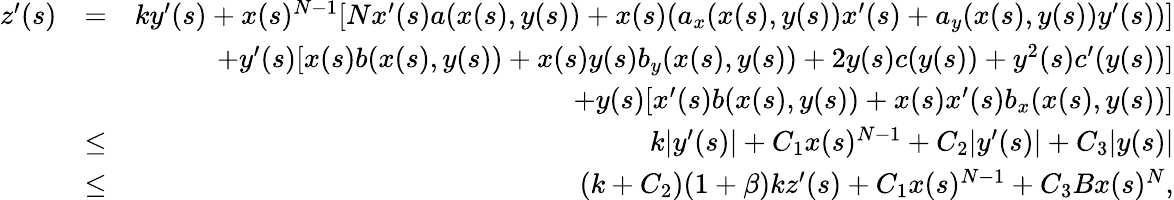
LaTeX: \begin{array}{rlr}{z^{\prime}(s)}&{=}&{ky^{\prime}(s)+x(s)^{N-1}[Nx^{\prime}(s)a(x(s),y(s))+x(s)(a_{x}(x(s),y(s))x^{\prime}(s)+a_{y}(x(s),y(s))y^{\prime}(s))]}\\ &{}&{+y^{\prime}(s)[x(s)b(x(s),y(s))+x(s)y(s)b_{y}(x(s),y(s))+2y(s)c(y(s))+y^{2}(s)c^{\prime}(y(s))]}\\ &{}&{+y(s)[x^{\prime}(s)b(x(s),y(s))+x(s)x^{\prime}(s)b_{x}(x(s),y(s))]}\\ &{\leq}&{k|y^{\prime}(s)|+C_{1}x(s)^{N-1}+C_{2}|y^{\prime}(s)|+C_{3}|y(s)|}\\ &{\leq}&{(k+C_{2})(1+\beta)kz^{\prime}(s)+C_{1}x(s)^{N-1}+C_{3}Bx(s)^{N},}\end{array}